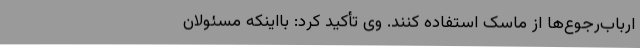
ارباب‌رجوع‌ها از ماسک استفاده کنند. وی تأکید کرد: بااینکه مسئولان